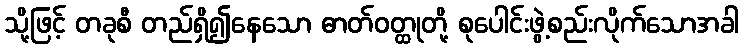
သို့ဖြင့် တခုစီ တည်ရှိ၍နေသော ဓာတ်ဝတ္ထုတို့ စုပေါင်းဖွဲ့စည်းလိုက်သောအခါ